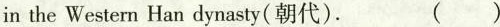
in the Western Han dynasty(朝代). ( )